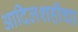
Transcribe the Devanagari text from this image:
आदिलशहीचा